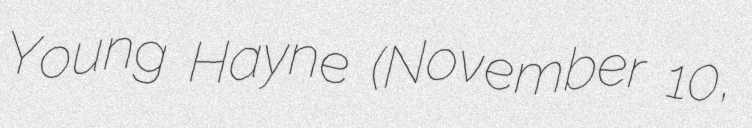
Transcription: Young Hayne (November 10,